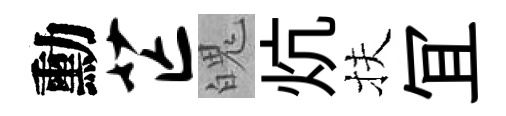
勳芒魄炕扶冝